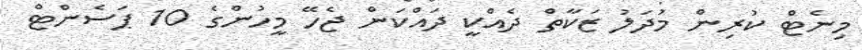
މިނެޓް ކުރިން މުދަލު ޒަކާތް ދެއްކީ ދައްކަން ޖެހޭ މީހުންގެ 10 ޕަސެންޓް